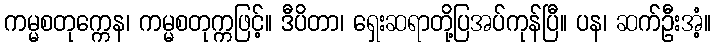
ကမ္မစတုက္ကေန၊ ကမ္မစတုက္ကဖြင့်။ ဒီပိတာ၊ ရှေးဆရာတို့ပြအပ်ကုန်ပြီ။ ပန၊ ဆက်ဦးအံ့။